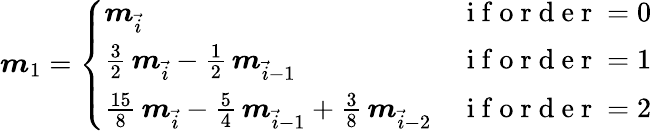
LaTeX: \begin{array}{r}{\boldsymbol{m}_{1}=\left\{ \begin{array}{ll}{\boldsymbol{m}_{\vec{i}}}&{\mathrm{~i~f~o~r~d~e~r~}=0}\\ {\frac{3}{2}\, \boldsymbol{m}_{\vec{i}}-\frac{1}{2}\, \boldsymbol{m}_{\vec{i}-1}}&{\mathrm{~i~f~o~r~d~e~r~}=1}\\ {\frac{15}{8}\, \boldsymbol{m}_{\vec{i}}-\frac{5}{4}\, \boldsymbol{m}_{\vec{i}-1}+\frac{3}{8}\, \boldsymbol{m}_{\vec{i}-2}}&{\mathrm{~i~f~o~r~d~e~r~}=2}\end{array}\right.}\end{array}